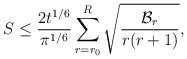
LaTeX: \begin{align*}S\le \frac{2 t^{1/6}}{\pi^{1/6}}\sum_{r=r_0}^{R} \sqrt{\frac{\mathcal{B}_r}{r(r+1)}},\end{align*}